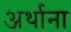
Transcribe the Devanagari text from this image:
अर्थाना